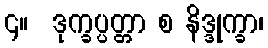
၄။  ဒုက္ခပ္ပတ္တာ စ နိဒ္ဒုက္ခာ၊